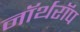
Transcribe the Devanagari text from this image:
नॉर्थरॉप